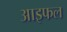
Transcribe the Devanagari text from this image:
आइफल